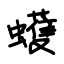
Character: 蠖